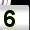
Digit: 5